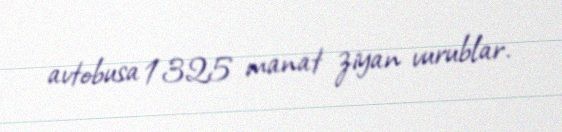
avtobusa 1325 manat ziyan vurublar.